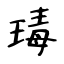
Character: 瑇